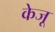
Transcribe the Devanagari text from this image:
केजू